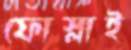
ফোস্‌লাই